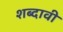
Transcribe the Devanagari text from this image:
शब्दावी